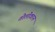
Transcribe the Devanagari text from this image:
तोलोकान